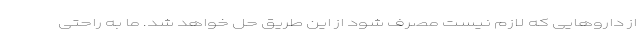
از داروهایی که لازم نیست مصرف شود از این طریق حل خواهد شد. ما به راحتی